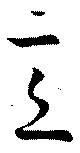
意